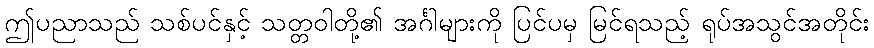
ဤပညာသည် သစ်ပင်နှင့် သတ္တဝါတို့၏ အင်္ဂါများကို ပြင်ပမှ မြင်ရသည့် ရုပ်အသွင်အတိုင်း